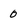
Character: 0